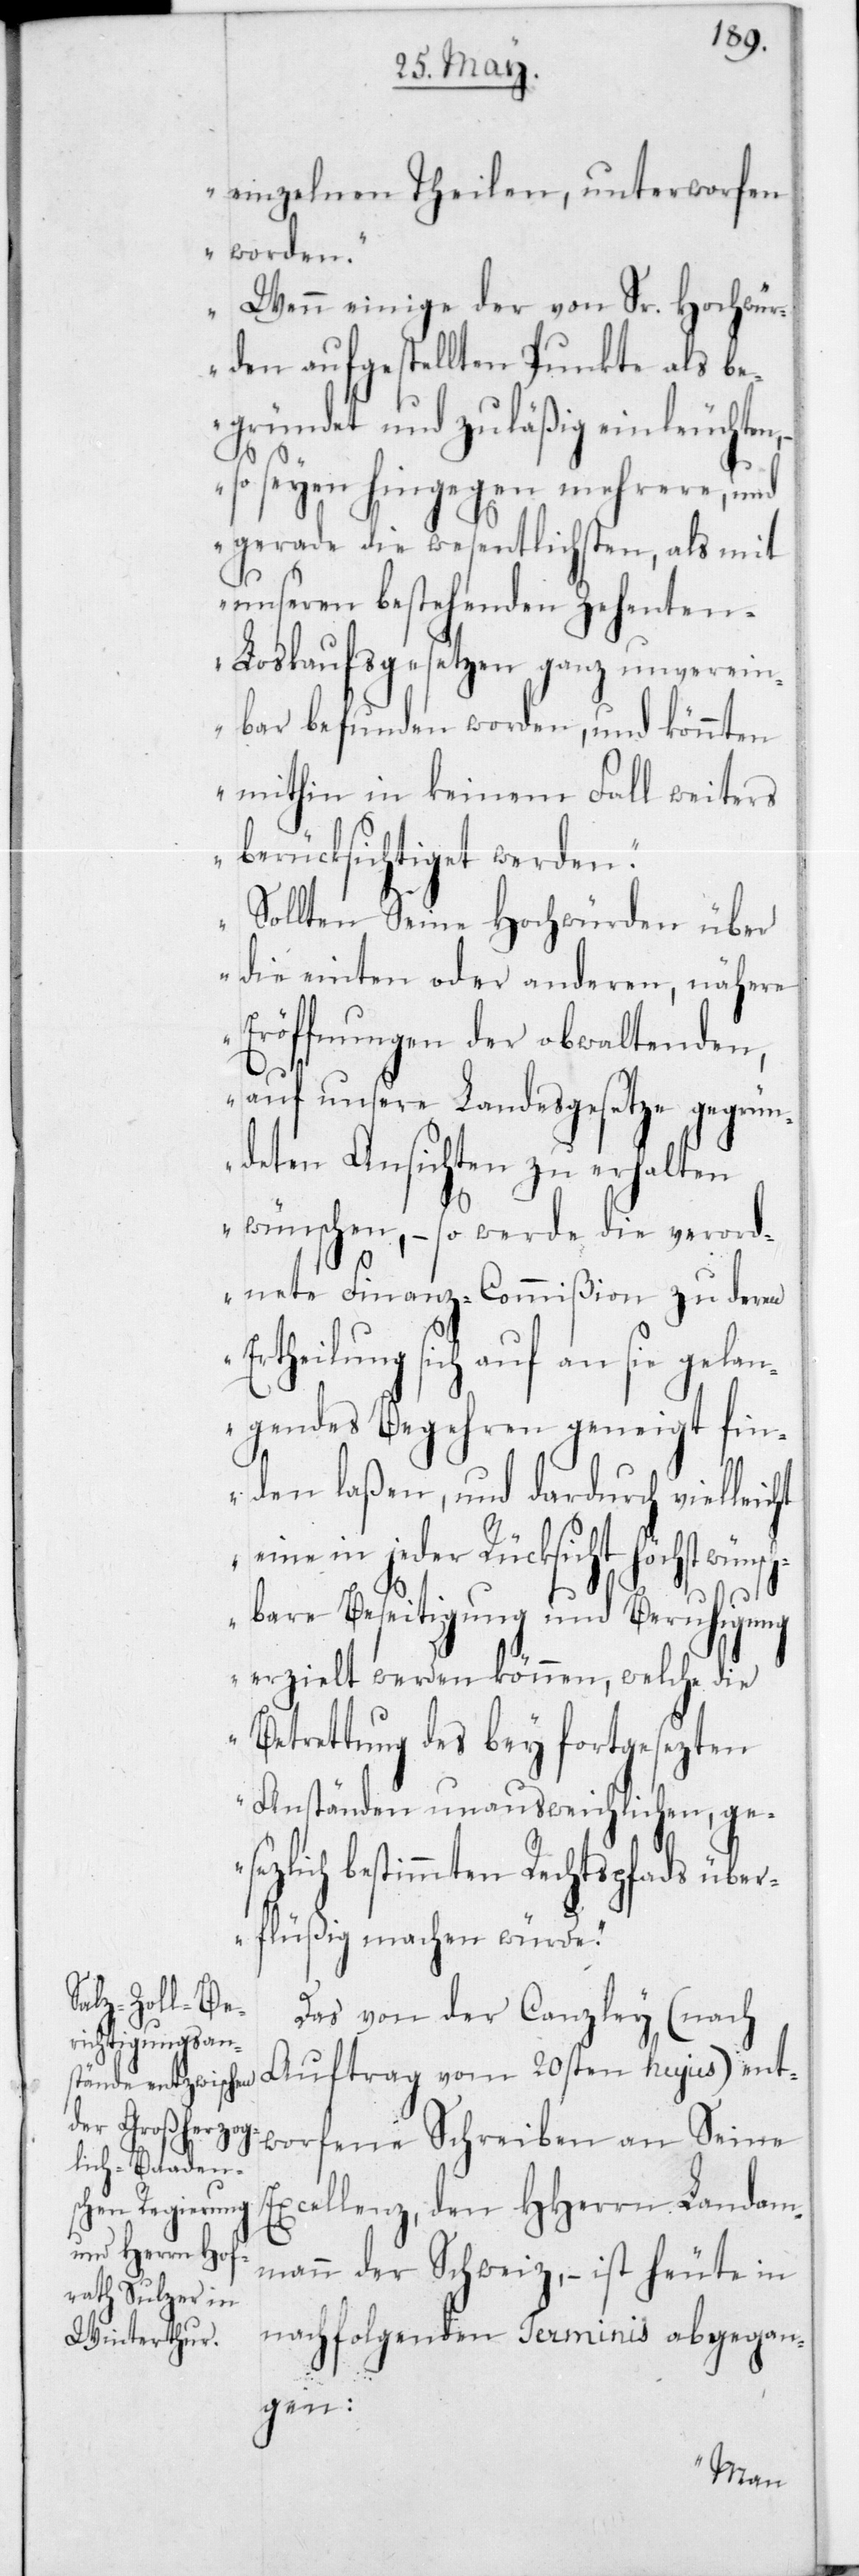
einzelnen Theilen, unterworfen
worden.
Wenn einige der von Sr. Hochwür¬
den aufgestellten Punkte als be¬
gründet und zuläßig einleuchten,
so seyen hingegen mehrere und
gerade die wesentlichsten, als mit
unseren bestehenden Zehente¬
n-Loskaufsgesetzen ganz unverein¬
bar befunden worden, und könnten
mithin in keinem Fall weiters
berücksichtiget werden.
Sollten Seine Hochwürden über
die einten oder anderen, nähere
Eröffnungen der obwaltenden,
E¬
auf unsere Landesgesetze gegrün¬
deten Ansichten zu erhalten
wünschen, – so werde die verord¬
nete Finanz-Commißion zu deren
rtheilung sich auf an sie gel¬
angendes Begehren geneigt fin¬
den laßen, und dardurch vielleicht
eine in jeder Rücksicht höchst
schbare Beseitigung und Beruhigung
erzielt werden können, welche die
Betrettung des bey fortgesezten
Anständen unausweichlichen, ges¬
etzlich bestimmten Rechtspfads über¬
flüßig machen würde“.
Das von der Canzley (nach
Auftrag vm 20sten hujus) ent¬
worfene Schreiben an Seine
xcellenz den HHerrn Landam¬
mann der Schweiz, – ist heute in
nachfolgenden Terminis abgegan¬
gen:
wün¬